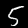
Label: 5